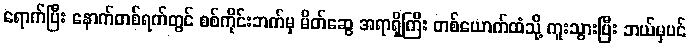
ရောက်ပြီး နောက်တစ်ရက်တွင် စစ်ကိုင်းဘက်မှ မိတ်ဆွေ အရာရှိကြီး တစ်ယောက်ထံသို့ ကူးသွားပြီး ဘယ်မှပင်